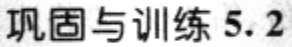
巩固与训练 5.2